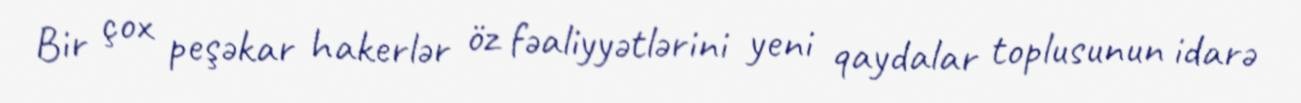
Bir çox peşəkar hakerlər öz fəaliyyətlərini yeni qaydalar toplusunun idarə